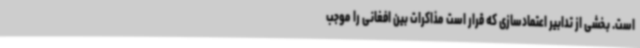
است. بخشی از تدابیر اعتمادسازی که قرار است مذاکرات بین افغانی را موجب